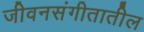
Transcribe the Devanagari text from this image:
जीवनसंगीतातील